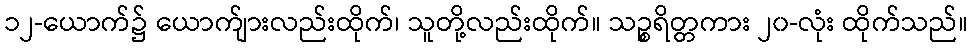
၁၂-ယောက်၌ ယောက်ျားလည်းထိုက်၊ သူတို့လည်းထိုက်။ သဉ္စရိတ္တကား ၂၀-လုံး ထိုက်သည်။